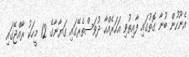
އެނޫހުން ބުނާ ގޮތުގައި ފާއިތުވި އަހަރެއްހާ ދުވަސްތެރޭގައި ގަޔާނާގެ 12 މީހަކު ރާއްޖޭގައި